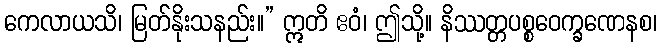
ကေလာယသိ၊ မြတ်နိုးသနည်း။” ဣတိ ဧဝံ၊ ဤသို့။ နိဿတ္တပစ္စဝေက္ခဏေနစ၊